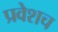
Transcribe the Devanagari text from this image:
प्रवेशच